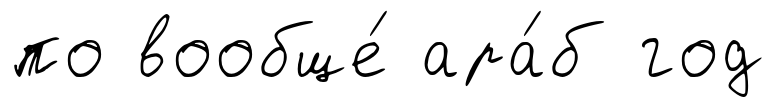
по вообще́ ара́б год